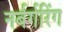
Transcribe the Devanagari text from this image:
नर्बर्गरिंग